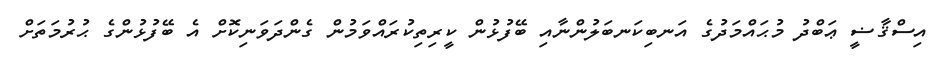
އިސްޤާޟީ ޢަބްދު މުޙައްމަދުގެ އަނބިކަނބަލުންނާއި ބޭފުޅުން ކީރިތިކުރައްވަމުން ގެންދަވަނިކޮށް އެ ބޭފުޅުންގެ ޙުރުމަތަށް